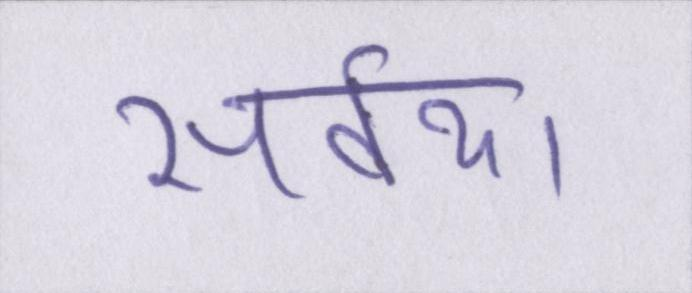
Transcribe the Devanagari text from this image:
सर्वथा